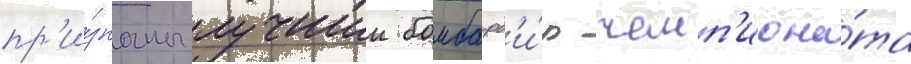
пр'и́знаны лучшии бомбард'и́р чемп'иона́та